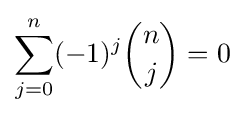
\sum _{j=0}^{n}(-1)^{j}{\binom {n}{j}}=0